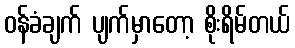
ဝန်ခံချက် ပျက်မှာတော့ စိုးရိမ်တယ်